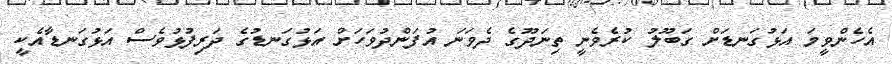
އެހެންވީމަ އަޅުގަނޑަށް ގަބޫލު ކުރެވެނީ ތިނަދޫގެ ދެވަނަ އުފަންދުވަހަށް އަޅުގަނޑުގެ ދަރިފުޅުވެސް އަޅުގަނޑާއެކީ